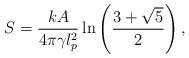
LaTeX: \begin{align*} S=\frac{kA}{4\pi\gamma l_p^2} \ln \left( \frac{3+\sqrt{5}}{2} \right),\end{align*}